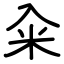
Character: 籴